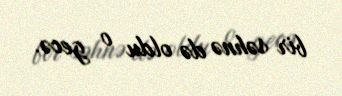
bir səhnə də oldu o gecə.